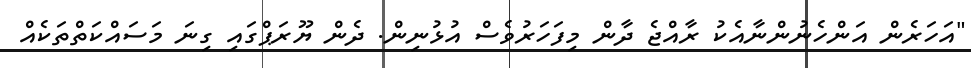
"އަހަރެން އަންހެނުންނާއެކު ރާއްޖެ ދާން މިފަހަރުވެސް އުޅުނިން. ދެން ޔޫރަޕްގައި ގިނަ މަސައްކަތްތަކެއް